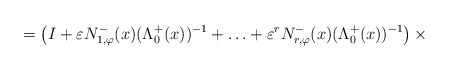
\begin{align*}= \left(I + \varepsilon N_{1,\varphi}^{-}(x) (\Lambda^{+}_{0}(x))^{-1} + \ldots + \varepsilon^r N_{r,\varphi}^{-}(x) (\Lambda^{+}_{0}(x))^{-1}\right) \times\end{align*}